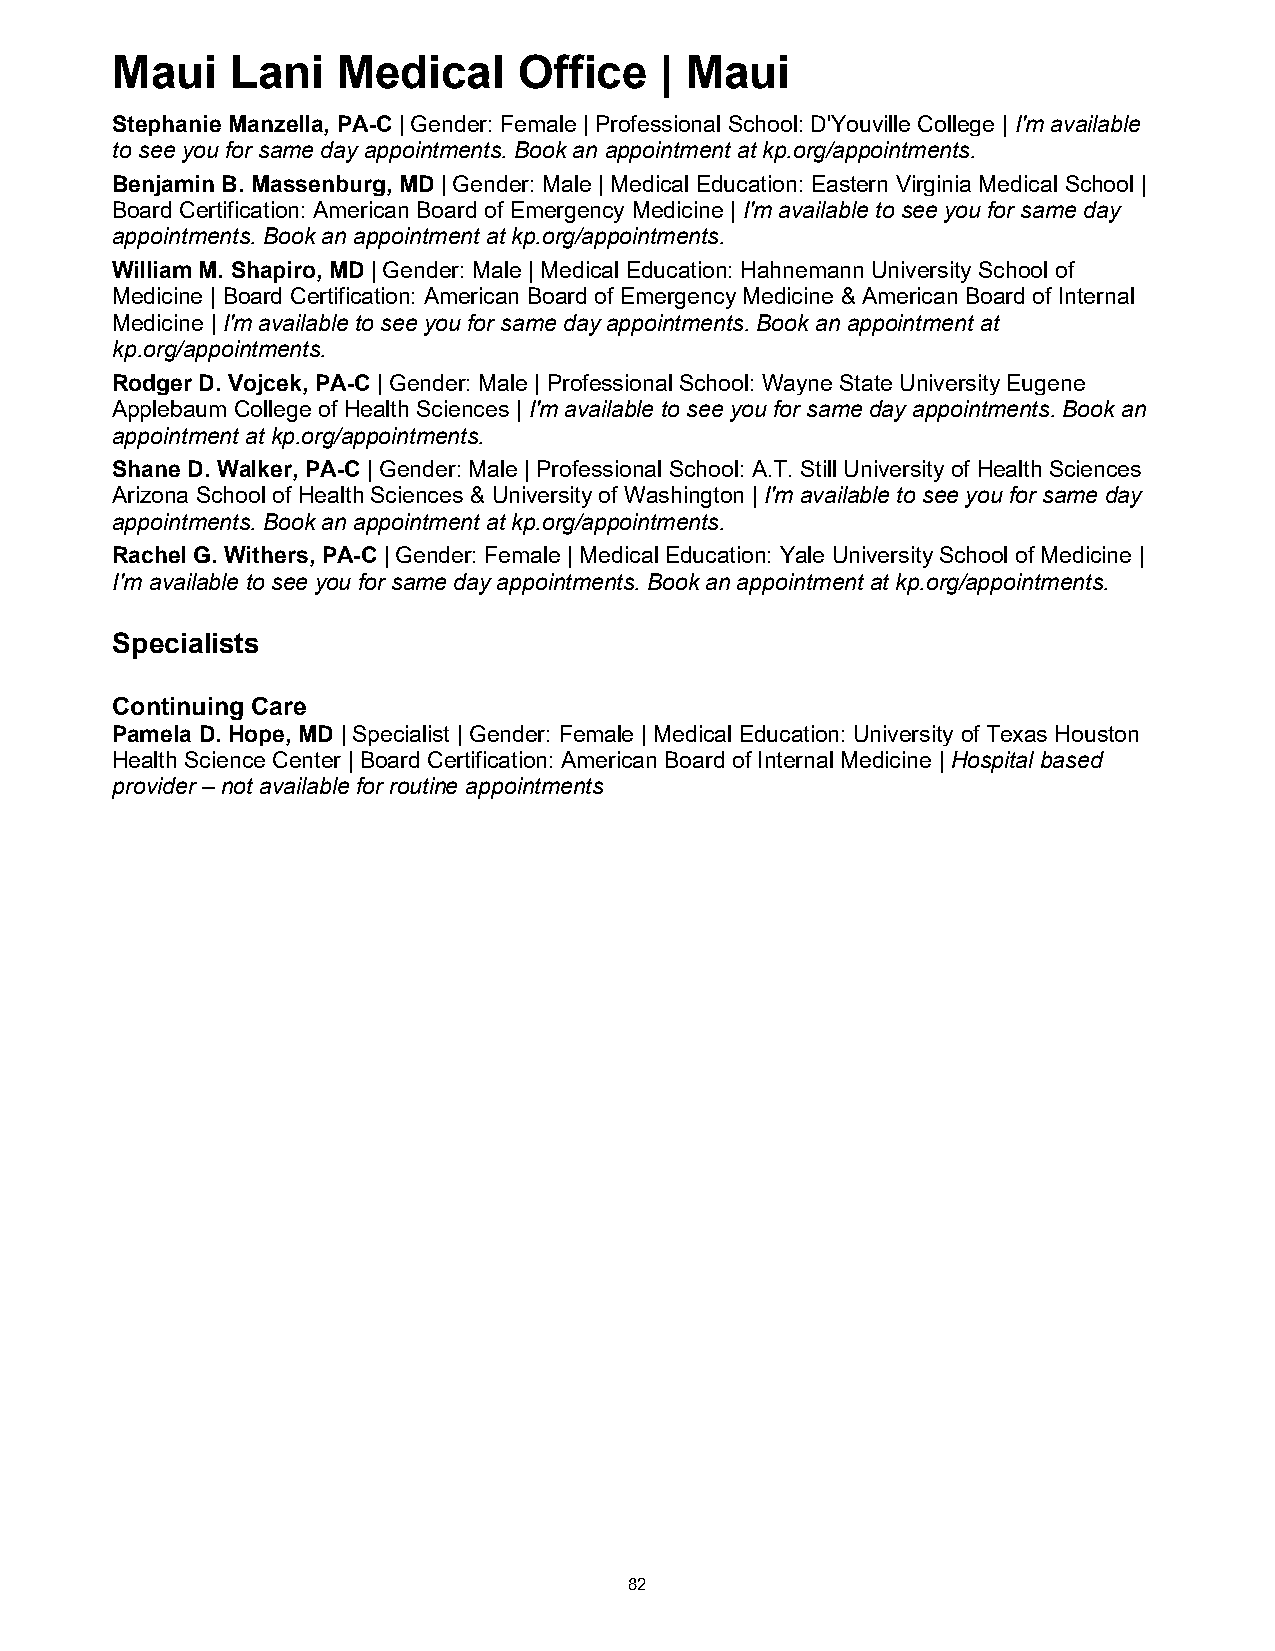
Maui    Lani   Medical     Office    | Maui
 Stephanie Manzella, PA-C | Gender: Female | Professional School: D'Youville College | I'm available
 to see you for same day appointments. Book an appointment at kp.org/appointments.
 Benjamin B. Massenburg, MD | Gender: Male | Medical Education: Eastern Virginia Medical School |
 Board Certification: American Board of Emergency Medicine | I'm available to see you for same day
 appointments. Book an appointment at kp.org/appointments.
 William M. Shapiro, MD | Gender: Male | Medical Education: Hahnemann University School of
 Medicine | Board Certification: American Board of Emergency Medicine & American Board of Internal
 Medicine | I'm available to see you for same day appointments. Book an appointment at
 kp.org/appointments.
 Rodger D. Vojcek, PA-C | Gender: Male | Professional School: Wayne State University Eugene
 Applebaum College of Health Sciences | I'm available to see you for same day appointments. Book an
 appointment at kp.org/appointments.
 Shane D. Walker, PA-C | Gender: Male | Professional School: A.T. Still University of Health Sciences
 Arizona School of Health Sciences & University of Washington | I'm available to see you for same day
 appointments. Book an appointment at kp.org/appointments.
 Rachel G. Withers, PA-C | Gender: Female | Medical Education: Yale University School of Medicine |
 I'm available to see you for same day appointments. Book an appointment at kp.org/appointments.
 Specialists
 Continuing Care
 Pamela D. Hope, MD | Specialist | Gender: Female | Medical Education: University of Texas Houston
 Health Science Center | Board Certification: American Board of Internal Medicine | Hospital based
 provider – not available for routine appointments
 82